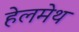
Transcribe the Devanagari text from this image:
हेलमेथ